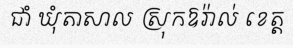
ជាំ ឃុំតាសាល ស្រុកឱរ៉ាល់ ខេត្ត